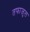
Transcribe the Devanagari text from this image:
तफाजुल